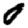
Digit: 0